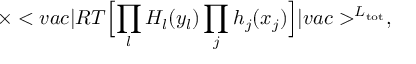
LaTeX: \times < v a c \vert R T \Bigl [ \prod _ { l } H _ { l } ( y _ { l } ) \prod _ { j } h _ { j } ( x _ { j } ) \Bigr ] \vert v a c > ^ { { \cal L } _ { \mathrm { t o t } } } ,